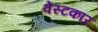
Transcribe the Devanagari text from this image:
वेस्टकार